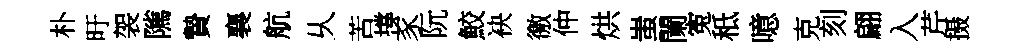
朴旴袈隲贄襄航乆苦撐豕阮鮫袂徼仲烘蚩闌寃秪噫克刻翩入芹摄